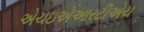
એચઇએઆરટીએચ